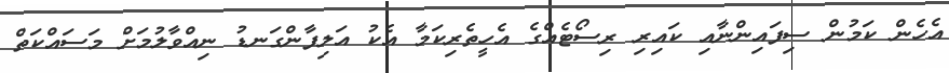
އެހެން ކަމުން ސިފައިންނާއި ކައިރި ރިސޯޓެއްގެ އެހީތެރިކަމާ އެކު އަލިފާންގަނޑު ނިއްވާލުމަށް މަސައްކަތް